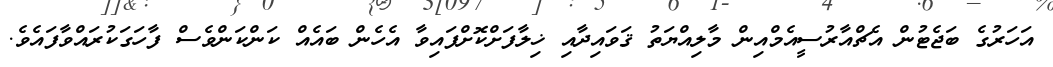
އަހަރުގެ ބަޖެޓުން އެޗްއާރުސީއެމްއިން މާލިއްޔަތު ޤަވައިދާއި ޚިލާފަށްކޮށްފައިވާ އެހެން ބައެއް ކަންކަންވެސް ފާހަގަކުރައްވާފައެވެ.